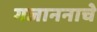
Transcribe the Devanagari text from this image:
गजाननाचे